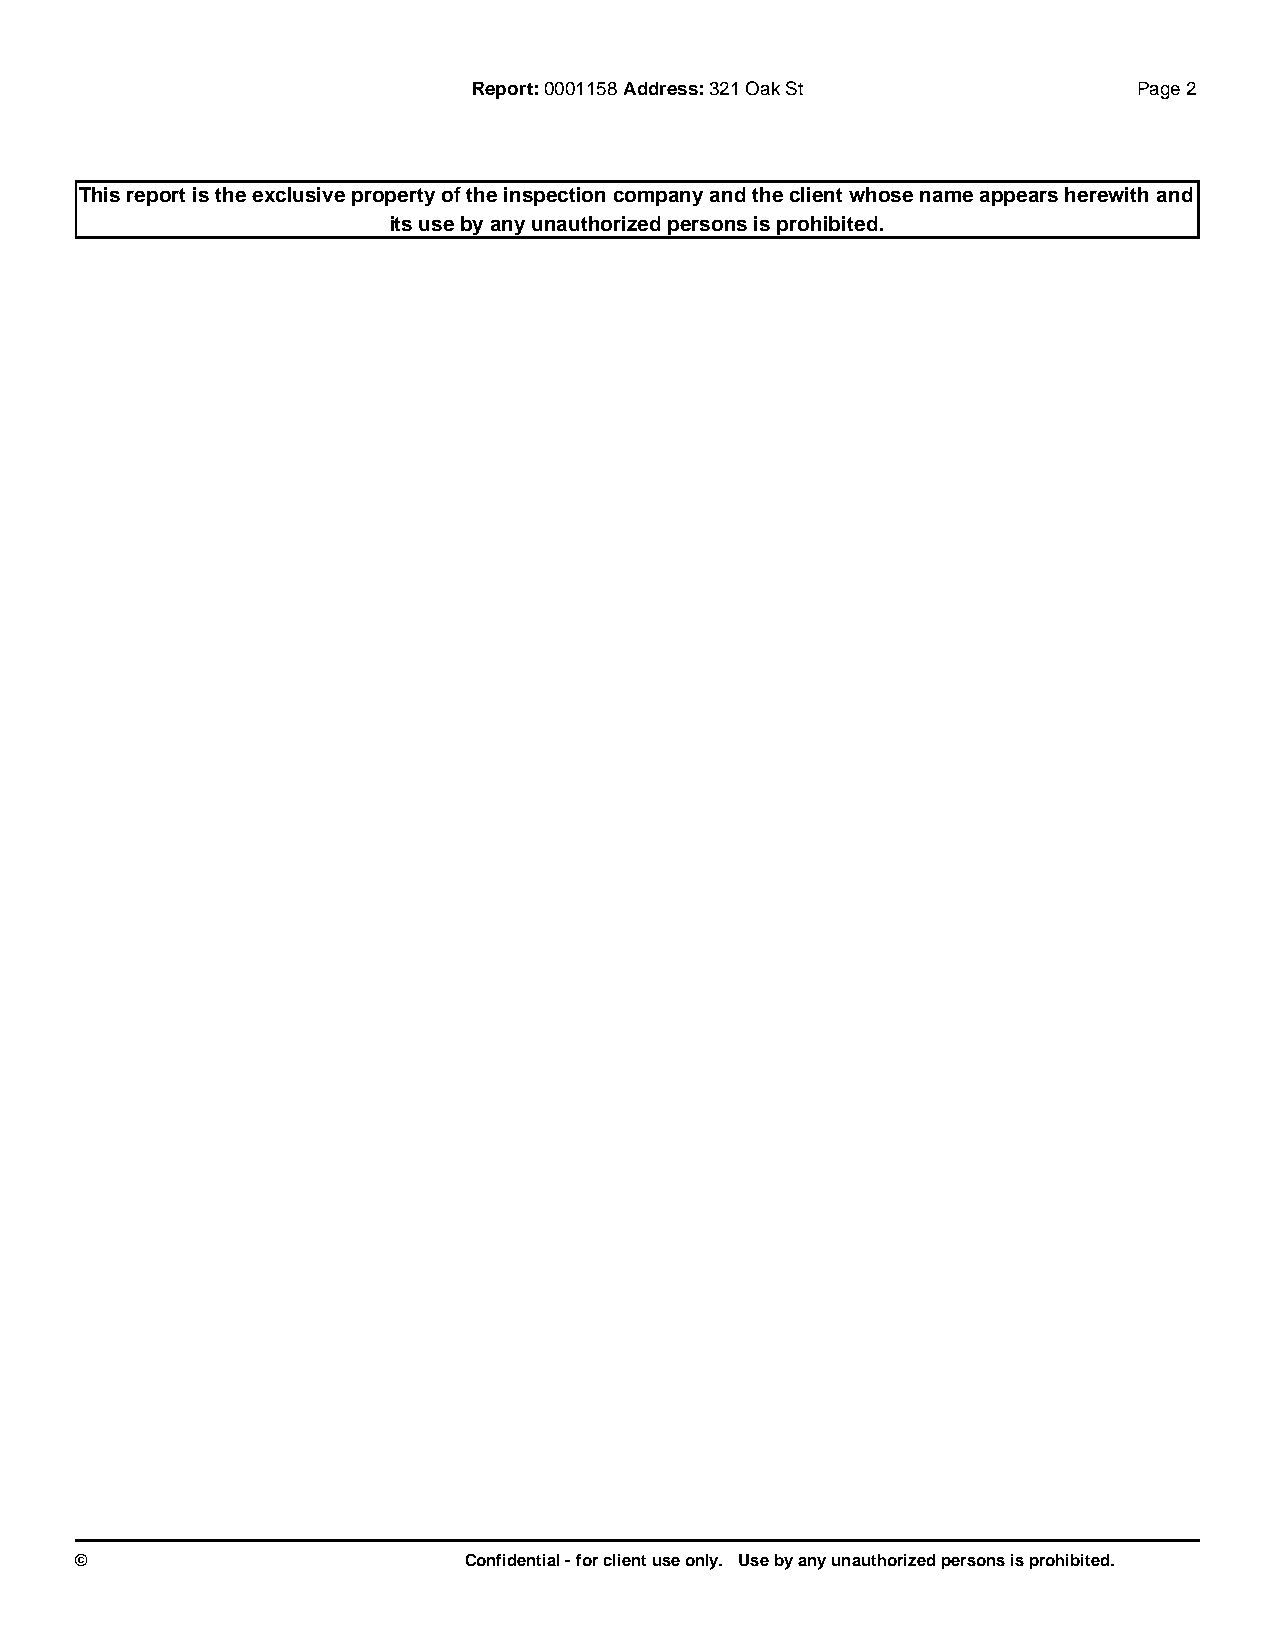
Report:0001158 Address:321 Oak St           Page 2
 This report is the exclusive property of the inspection company and the client whose name appears herewith and
 its use by any unauthorized persons is prohibited.
 ©                         Confidential - for client use only. Use by any unauthorized persons is prohibited.